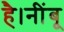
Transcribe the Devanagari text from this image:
है।नींबू